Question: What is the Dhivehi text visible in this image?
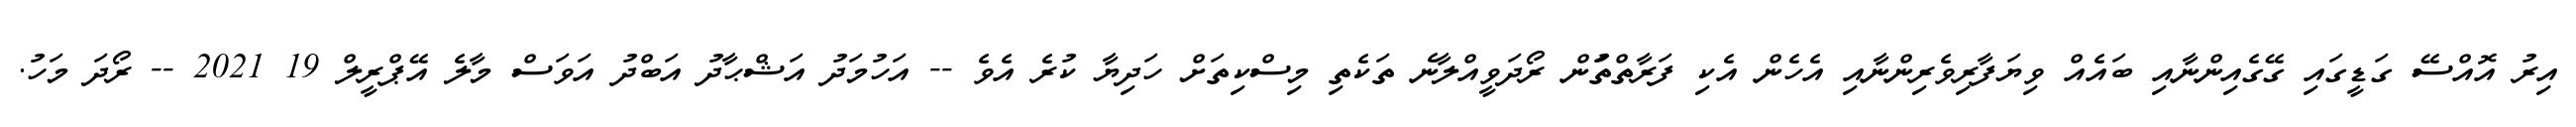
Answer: އިރު އޮއްސޭ ގަޑީގައި ގޭގެއިންނާއި ބައެއް ވިޔަފާރިވެރިންނާއި އެހެން އެކި ފަރާތްތަުން ރޯދަވީއްލާނެ ތަކެތި މިސްކިތަށް ހަދިޔާ ކުރެ އެވެ -- އަހުމަދު އަޝްޙާދު އަބްދު އަވަސް މާލެ އޭޕްރީލް 19 2021 -- ރޯދަ މަހު.